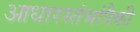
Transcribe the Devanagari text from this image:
आधारस्तंभांपैकी